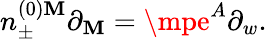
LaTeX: n_{\pm}^{(0)\mathbf{M}}\partial_{\mathbf{M}}=\mpe^{A}\partial_{w}.